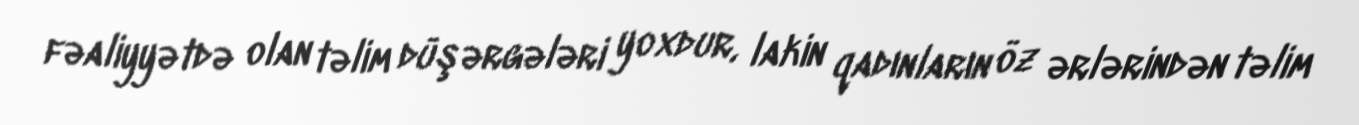
fəaliyyətdə olan təlim düşərgələri yoxdur, lakin qadınların öz ərlərindən təlim